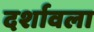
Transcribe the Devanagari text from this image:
दर्शावला